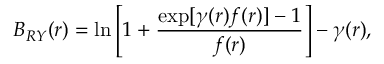
B _ { R Y } ( r ) = \ln \left[ 1 + \frac { \exp [ \gamma ( r ) f ( r ) ] - 1 } { f ( r ) } \right] - \gamma ( r ) ,